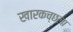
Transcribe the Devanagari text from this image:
खारकच्छला